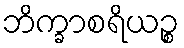
ဘိက္ခာစရိယဉ္စ